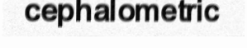
cephalometric